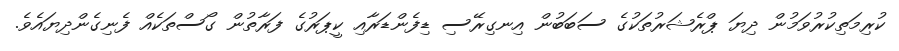
ކުރިމަތިކުރުވަމުން ދިޔަ ޕްރެޝަރުތަކުގެ ސަބަބުން އިނގިރޭސި ޑިފެންޑަރާއި ކީޕަރުގެ ފަރާތުން ގޯސްތަކެއް ފެނިގެންދިޔައެވެ.